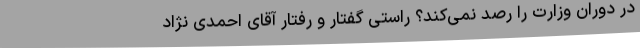
در دوران وزارت را رصد نمی‌کند؟ راستی گفتار و رفتار آقای احمدی نژاد